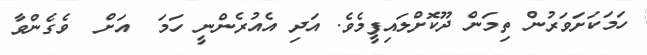
ހަމަކަށަވަރުން ތިމަން ދޫކޮށްލައިފީމެވެ. އަދި އެއުރެންނީ ހަމަ  އަށް  ވެގެންވާ